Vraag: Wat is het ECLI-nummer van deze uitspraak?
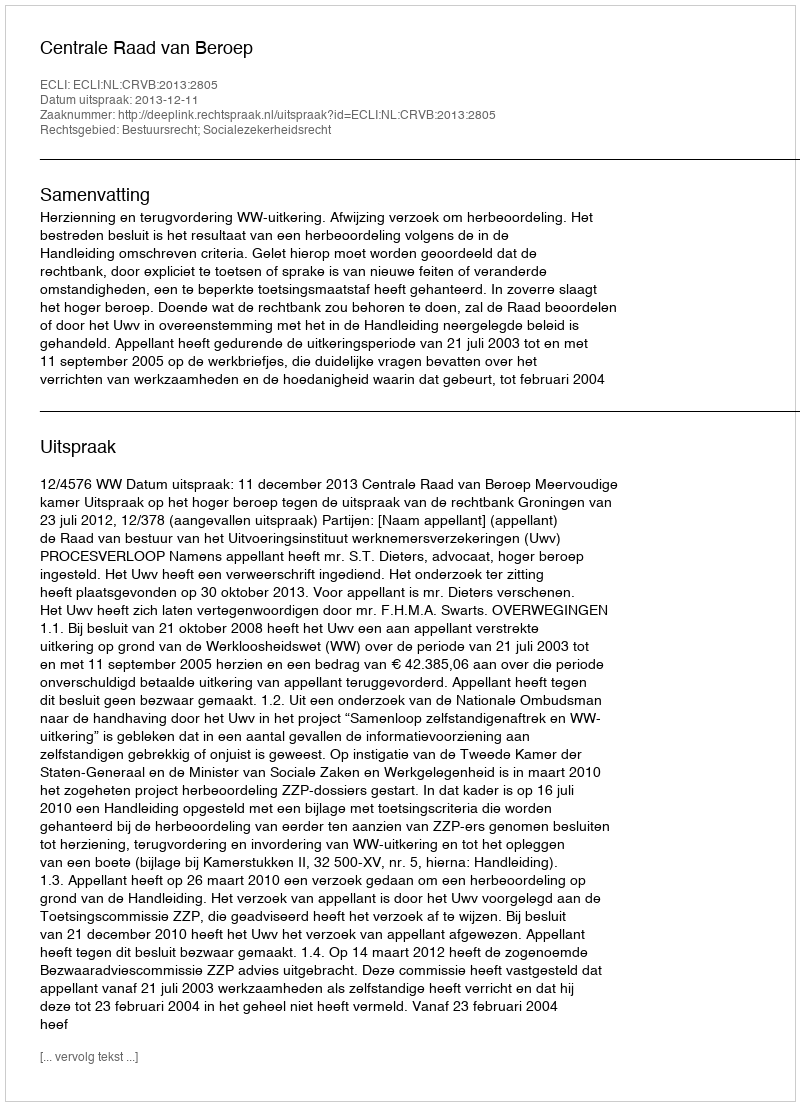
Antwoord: ECLI:NL:CRVB:2013:2805